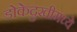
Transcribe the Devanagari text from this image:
डोकेदुखीमध्ये